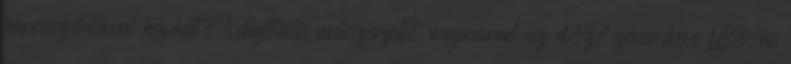
karosszériával kapható; digitális műszerfal; megmarad az előző generáció L83-as